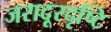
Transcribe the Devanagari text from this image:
जरादूरदृष्टि